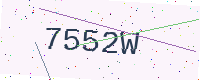
Text: 7552W